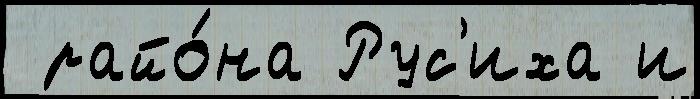
 райо́на Рус'иха и